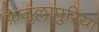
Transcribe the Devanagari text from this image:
फ़ैजुल्लापुरिया